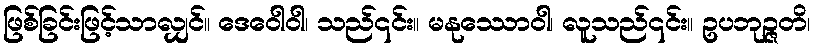
ဖြစ်ခြင်းဖြင့်သာလျှင်။ ဒေဝေါဝါ၊ သည်၎င်း။ မနုဿောဝါ၊ လူသည်၎င်း။ ဥပဘုဉ္ဇတိ၊